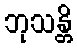
ဘုသန္တိ